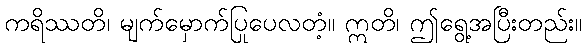
ကရိဿတိ၊ မျက်မှောက်ပြုပေလတံ့။ ဣတိ၊ ဤရွေ့အပြီးတည်း။